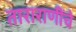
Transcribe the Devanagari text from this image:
ताराराणींचे